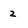
Character: 2